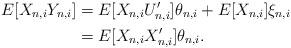
LaTeX: \begin{align*}E[X_{n,i}Y_{n,i}]&=E[X_{n,i}U_{n,i}^{\prime}]\theta_{n,i}+E[X_{n,i}]\xi_{n,i} \\&=E[X_{n,i}X_{n,i}^{\prime }]\theta_{n,i}.\end{align*}